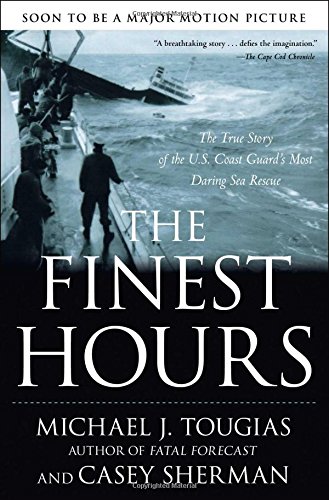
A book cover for The Finest Hours: The True Story of the U.S. Coast Guard's Most Daring Sea Rescue; Michael J. Tougias; Science & Math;